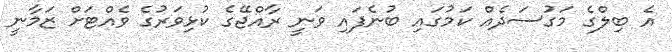
އެ ބިލްގެ މަގުސަދެއް ކަމުގައި ބުނެފައި ވަނީ ރާއްޖޭގެ ކުޅިވަރުގެ ވެއްޓަށް ޒަމާނީ